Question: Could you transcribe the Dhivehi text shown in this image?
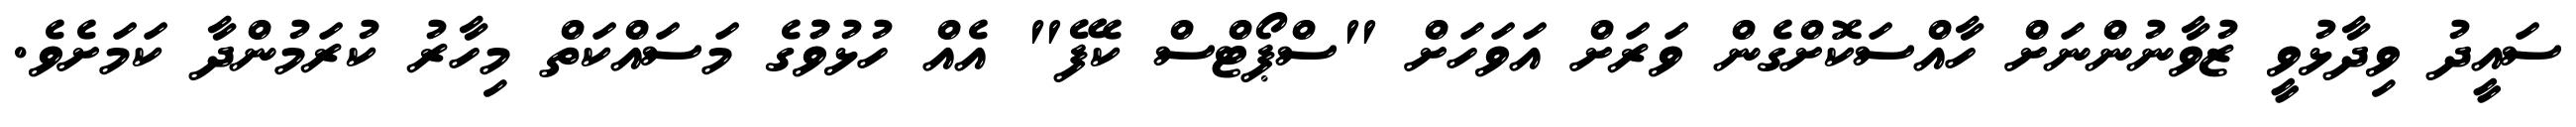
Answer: ސައީދު ވިދާޅުވީ ޒުވާނުންނަށް ހާއްސަކޮށްގެން ވަރަށް އަވަހަށް "ސްޕޯޓްސް ކެފޭ" އެއް ހުޅުވުުގެ މަސައްކަތް މިހާރު ކުރަމުންދާ ކަމަށެވެ.